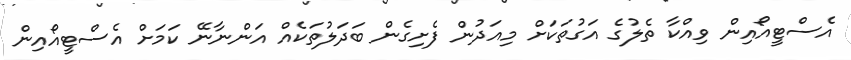
އެސްޓީއޯއިން ވިއްކާ ތެލުގެ އަގުތަކަށް މިއަދުން ފެށިގެން ބަދަލުތަކެއް އަންނާނޭ ކަމަށް އެސްޓީއޯއިން